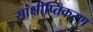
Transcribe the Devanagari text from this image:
सांक्षीप्तिकरण